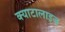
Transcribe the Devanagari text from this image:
क्याटालाइज